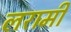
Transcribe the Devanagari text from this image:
लरामी